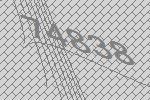
74838